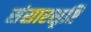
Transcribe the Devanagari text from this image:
संसारसृष्टि